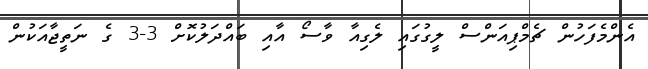
އެންމެފަހުން ޗެމްޕިއަންސް ލީގުގައި ލެގިއާ ވާސޯ އާއި ބައްދަލުކޮށް 3-3 ގެ ނަތީޖާއަކުން